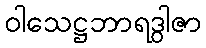
ဝါသေဋ္ဌဘာရဒွါဇာ